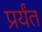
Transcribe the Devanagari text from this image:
प्रर्यंत